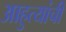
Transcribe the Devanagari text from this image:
आहुत्यांची